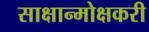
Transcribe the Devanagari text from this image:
साक्षान्मोक्षकरी